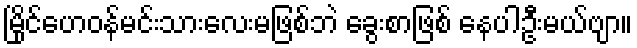
မြိုင်ဟေဝန်မင်းသားလေးမဖြစ်ဘဲ ခွေးစာဖြစ် နေပါဦးမယ်ဗျာ။